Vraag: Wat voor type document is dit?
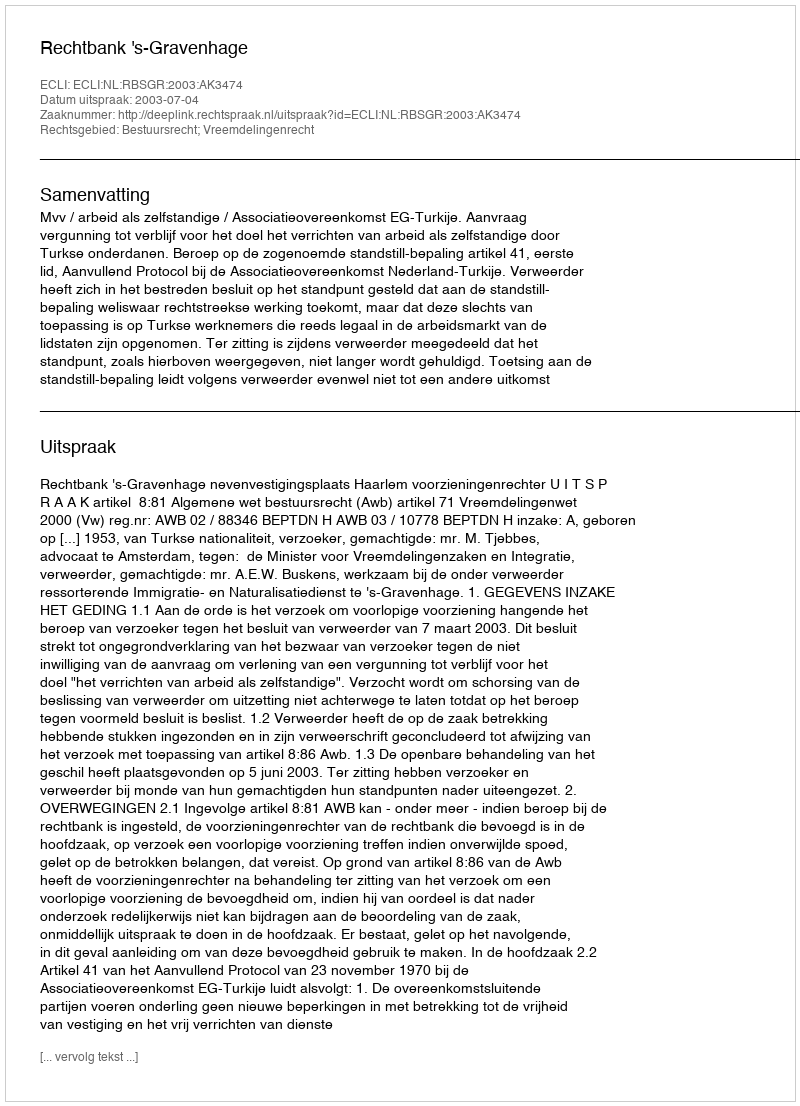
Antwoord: Uitspraak